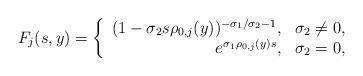
LaTeX: \begin{align*}F_j(s, y) = \left\{\begin{array}{rl}(1-\sigma_2s\rho_{0,j}(y))^{-\sigma_1\slash\sigma_2-1},&\sigma_2 \ne 0, \\e^{\sigma_1\rho_{0,j}(y)s},&\sigma_2 = 0,\end{array}\right. \end{align*}